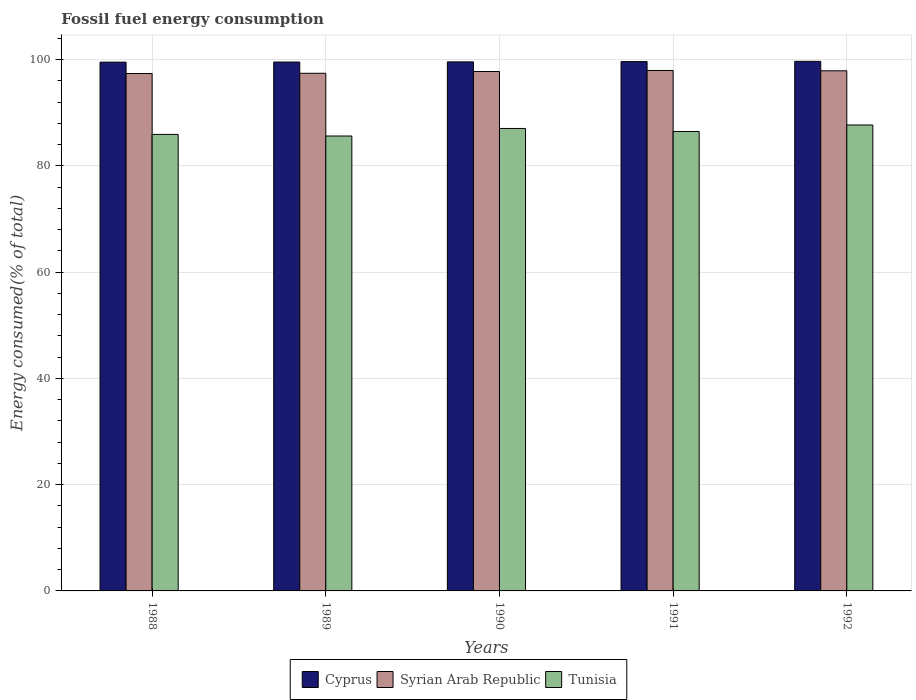
| Years | Cyprus | Syrian Arab Republic | Tunisia |
 | --- | --- | --- | --- |
 | 1988 | 99.5 | 97.4 | 85.9 |
 | 1989 | 99.5 | 97.4 | 85.6 |
 | 1990 | 99.6 | 97.7 | 87 |
 | 1991 | 99.6 | 97.9 | 86.5 |
 | 1992 | 99.6 | 97.9 | 87.7 |